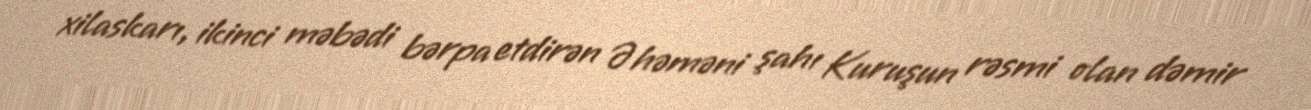
xilaskarı, ikinci məbədi bərpa etdirən Əhəməni şahı Kuruşun rəsmi olan dəmir